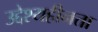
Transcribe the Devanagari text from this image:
उद्देश्यहीनता